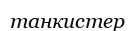
танкистер